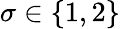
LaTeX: \sigma\in\{ 1,2\}